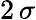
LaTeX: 2\, \sigma